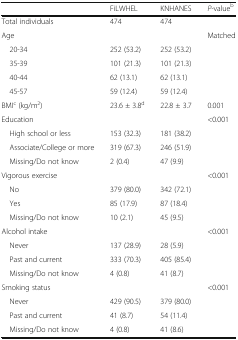
|  | FiLWHEL | KNHANES | P-valueb |
 | --- | --- | --- | --- |
 | Total individuals | 474 | 474 |  |
 | Age |  |  | Matched |
 | 20-34 | 252 (53.2) | 252 (53.2) |  |
 | 35-39 | 101 (21.3) | 101 (21.3) |  |
 | 40-44 | 62 (13.1) | 62 (13.1) |  |
 | 45-57 | 59 (12.4) | 59 (12.4) |  |
 | BMIc (kg/m2) | 23.6 ± 3.8d | 22.8 ± 3.7 | 0.001 |
 | Education |  |  | <0.001 |
 | High school or less | 153 (32.3) | 181 (38.2) |  |
 | Associate/College or more | 319 (67.3) | 246 (51.9) |  |
 | Missing/Do not know | 2 (0.4) | 47 (9.9) |  |
 | Vigorous exercise |  |  | <0.001 |
 | No | 379 (80.0) | 342 (72.1) |  |
 | Yes | 85 (17.9) | 87 (18.4) |  |
 | Missing/Do not know | 10 (2.1) | 45 (9.5) |  |
 | Alcohol intake |  |  | <0.001 |
 | Never | 137 (28.9) | 28 (5.9) |  |
 | Past and current | 333 (70.3) | 405 (85.4) |  |
 | Missing/Do not know | 4 (0.8) | 41 (8.7) |  |
 | Smoking status |  |  | <0.001 |
 | Never | 429 (90.5) | 379 (80.0) |  |
 | Past and current | 41 (8.7) | 54 (11.4) |  |
 | Missing/Do not know | 4 (0.8) | 41 (8.6) |  |